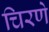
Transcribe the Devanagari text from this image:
चिरणे